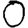
Digit: 0